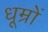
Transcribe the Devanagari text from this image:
धूम्रों